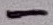
Text: -